Annual report of the Civil Veterinary Department, Bengal, and of the Bengal Veterinary College, for the year 1900-1901 - 1900-1901
Year: 1900
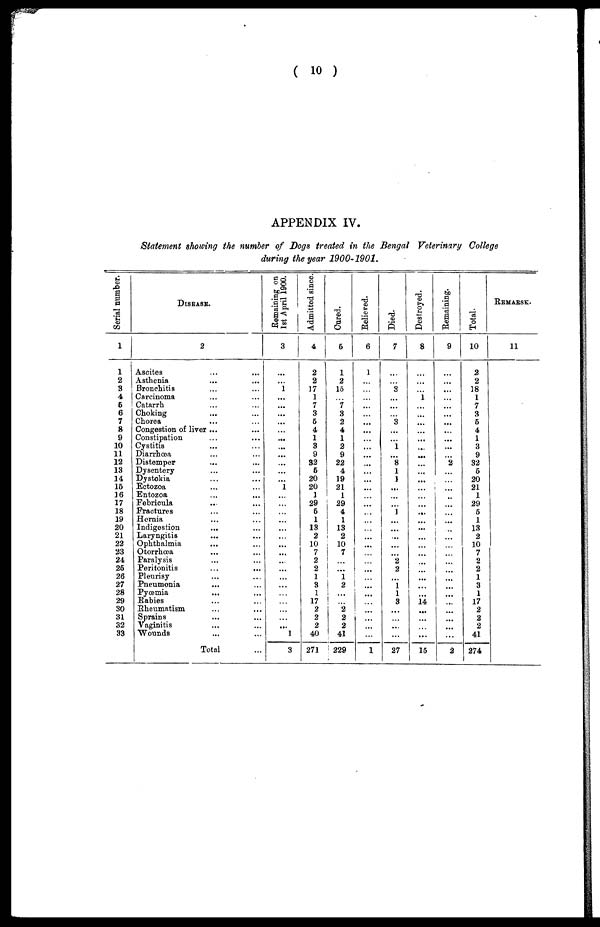
( 10 )
APPENDIX IV.
Statement showing the number of Dogs treated in the Bengal Veterinary College
during the year 1900-1901.
Serial number.
1
1
2
3
4
5
6
7
8
9
10
11
12
13
14
15
16
17
18
19
20
21
22
23
24
25
26
27
28
29
30
31
32
33
DISEASE.
2
Ascites ... ...
Asthenia ... ...
Bronchitis ... ...
Carcinoma ... ...
Catarrh ... ...
Choking ... ...
Chorea ... ...
Congestion of liver ...
Constipation ... ...
Cystitis ... ...
Diarrhœa ... ...
Distemper ... ...
Dysentery ... ...
Dystokia ... ...
Ectozoa ... ...
Entozoa ... ...
Febricula ... ...
Fractures ... ...
Hernia ... ...
Indigestion ... ...
Laryngitis ... ...
Ophthalmia ... ...
Otorrhœa ... ...
Paralysis ... ...
Peritonitis
...
...
Pleurisy ... ...
Pneumonia ... ...
Pyœmia ... ...
Rabies ... ...
Rheumatism ... ...
Sprains ... ...
Vaginitis ... ...
Wounds ... ...
Total ...
Remaining on
1st April 1900.
3
...
...
1
...
...
...
...
...
...
...
...
...
...
...
1
...
...
...
...
...
...
...
...
...
...
...
...
...
...
...
...
...
1
3
Admitted since.
4
2
2
17
1
7
3
5
4
1
3
9
32
5
20
20
1
29
5
1
13
2
10
7
2
2
1
3
1
17
2
2
2
40
271
Cured.
5
1
2
15
...
1
3
2
4
1
2
9
22
4
19
21
1
29
4
1
13
2
10
7
...
...
1
2
...
2
2
2
41
229
Believed.
6
1
...
...
...
...
...
...
...
...
...
...
...
...
...
...
...
...
...
...
...
...
...
...
...
...
...
...
...
...
...
...
...
...
1
Died.
7
...
...
3
...
...
...
3
...
...
1
...
8
1
1
1
...
...
1
...
...
...
...
...
2
2
...
1
1
3
...
...
...
...
27
Destroyed.
8
...
...
...
1
...
...
...
...
...
...
...
...
...
...
...
...
...
...
...
...
...
...
...
...
...
...
...
...
14
...
...
...
...
15
Remaining.
9
...
...
...
...
...
...
...
...
...
...
...
2
...
...
...
...
...
...
...
...
...
...
...
...
...
...
...
...
...
...
...
...
...
2
Total.
10
2
2
18
1
7
3
5
4
1
3
9
32
5
20
21
1
29
5
1
13
2
10
7
2
2
1
3
1
17
2
2
2
41
274
REMARSK.
11